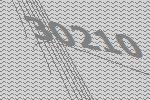
30210